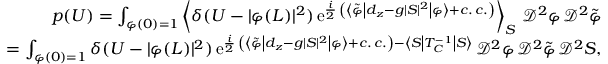
\begin{array} { r l r } & { } & { p ( U ) = \int _ { \varphi ( 0 ) = 1 } \left\langle \delta ( U - \vert \varphi ( L ) \vert ^ { 2 } ) \, \mathrm { e } ^ { \frac { i } { 2 } \, \left( \left\langle \tilde { \varphi } \left\vert d _ { z } - g \vert S \vert ^ { 2 } \right\vert \varphi \right\rangle + c . \, c . \right) } \right\rangle _ { S } \, \mathscr { D } ^ { 2 } \varphi \, \mathscr { D } ^ { 2 } \tilde { \varphi } } \\ & { } & { = \int _ { \varphi ( 0 ) = 1 } \delta ( U - \vert \varphi ( L ) \vert ^ { 2 } ) \, \mathrm { e } ^ { \frac { i } { 2 } \, \left( \left\langle \tilde { \varphi } \left\vert d _ { z } - g \vert S \vert ^ { 2 } \right\vert \varphi \right\rangle + c . \, c . \right) - \left\langle S \left\vert T _ { C } ^ { - 1 } \right\vert S \right\rangle } \, \mathscr { D } ^ { 2 } \varphi \, \mathscr { D } ^ { 2 } \tilde { \varphi } \, \mathscr { D } ^ { 2 } S , } \end{array}